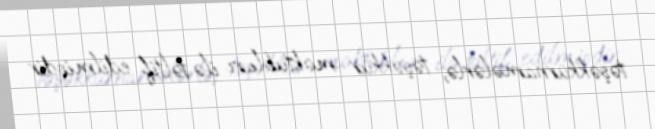
təşəkkürnamələrlə, təşəkkür məktubları ilə təltif edilmişdir.